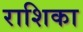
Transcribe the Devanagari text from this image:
राशिका